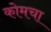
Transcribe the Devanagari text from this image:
कोमचा